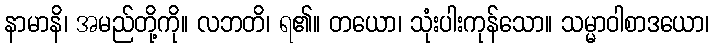
နာမာနိ၊ အမည်တို့ကို။ လဘတိ၊ ရ၏။ တယော၊ သုံးပါးကုန်သော။ သမ္မာဝါစာဒယော၊